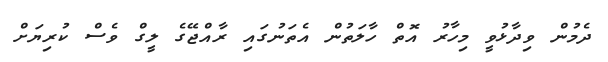
ދެމުން ވިދާޅުވީ މިހާރު އޮތް ހާލަތުން އެތަނުގައި ރާއްޖޭގެ ލީގް ވެސް ކުރިޔަށް